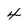
Character: 4